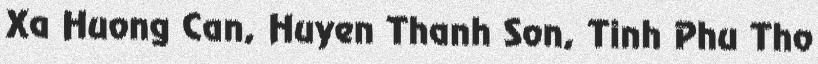
Xa Huong Can, Huyen Thanh Son, Tinh Phu Tho